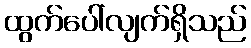
ထွက်ပေါ်လျက်ရှိသည်